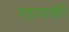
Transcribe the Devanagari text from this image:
न्हावकी